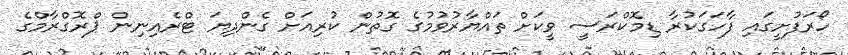
ހޯރަފުށީގައި ފާހަގަކުރާ ޑިމޮކްރަސީ ވީކަށް ތައްޔާރުވުމުގެ ގޮތުން ކުރިއަށް ގެންދިޔަ ޓްރެއިނިން ޕްރޮގްރާމްގެ